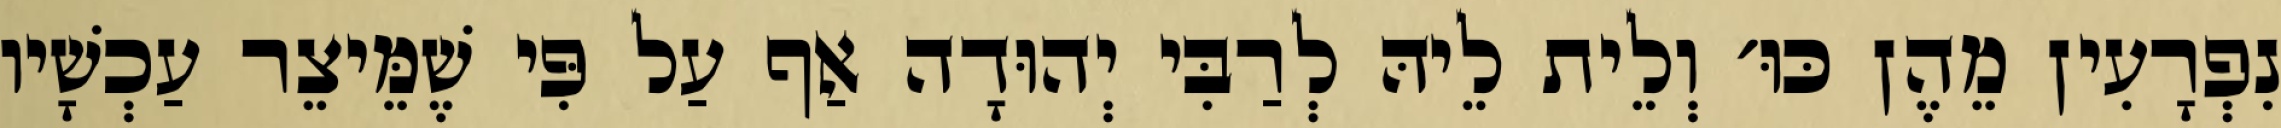
נִפְרָעִין מֵהֶן כּוּ׳ וְלֵית לֵיהּ לְרַבִּי יְהוּדָה אַף עַל פִּי שֶׁמֵּיצֵר עַכְשָׁיו